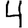
Digit: 4